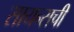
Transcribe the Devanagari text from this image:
सायन्सची